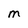
Character: M